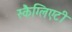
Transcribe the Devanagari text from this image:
स्कैग्लिएटी